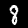
Digit: 8